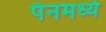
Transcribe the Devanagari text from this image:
पॅनमध्ये